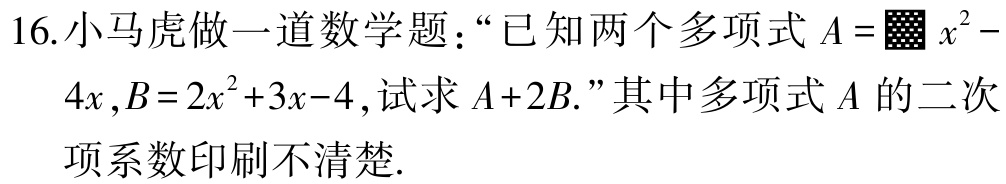
16.小马虎做一道数学题：“已知两个多项式\(A = \blacksquare x^{2}-4x\),\(B = 2x^{2}+3x - 4\),试求\(A + 2B\).”其中多项式\(A\)的二次项系数印刷不清楚.